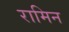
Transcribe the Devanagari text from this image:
रामिन